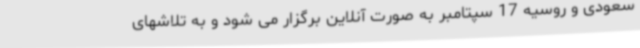
سعودی و روسیه 17 سپتامبر به صورت آنلاین برگزار می شود و به تلاشهای